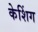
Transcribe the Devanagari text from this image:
केशिंग